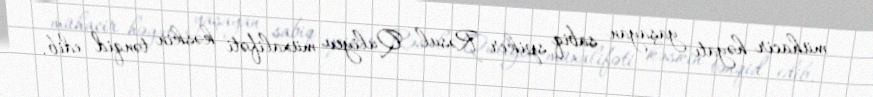
mühacir həyatı yaşayan sabiq spiker Rəsul Quliyev müxalifəti kəskin tənqid edib.